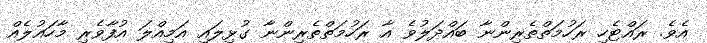
އެވެ. ރައްޓެހި ރަހުމަތްތެރިންނާ ބައްދަލުވެ އާ ރަހުމަތްތެރިންނާ ގުޅިލައި އަމިއްލަ އުފާވެރި މާހައުލެއް